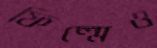
ফিল্মেও